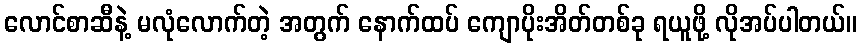
လောင်စာဆီနဲ့ မလုံလောက်တဲ့ အတွက် နောက်ထပ် ကျောပိုးအိတ်တစ်ခု ရယူဖို့ လိုအပ်ပါတယ်။